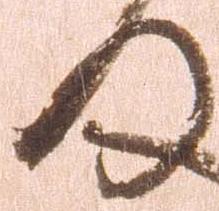
の